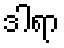
ဒါရာ